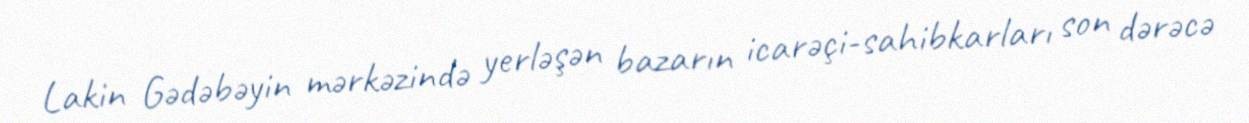
Lakin Gədəbəyin mərkəzində yerləşən bazarın icarəçi-sahibkarları son dərəcə